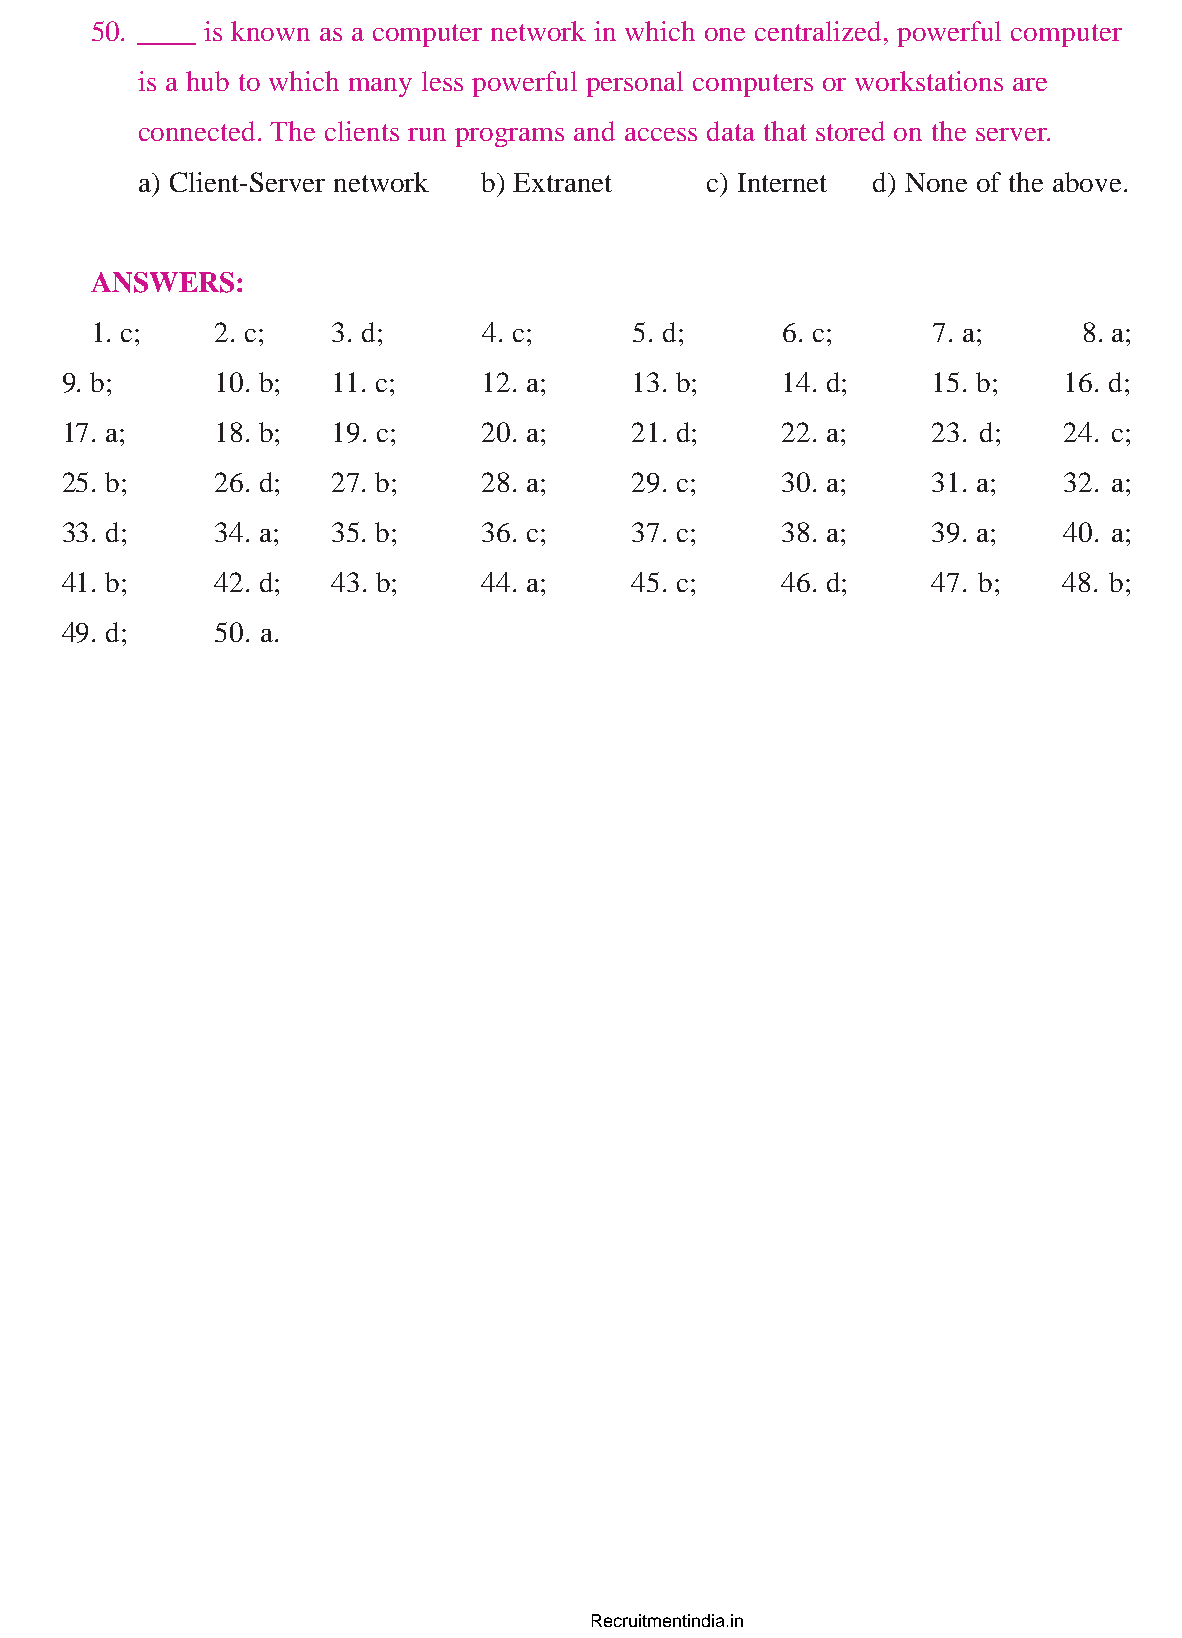
www.sakshieducation.com
 50. ____ is known as a computer network in which one centralized, powerful computer
 is a hub to which many less powerful personal computers or workstations are
 connected. The clients run programs and access data that stored on the server.
 a) Client-Server network b) Extranet  c) Internet d) None of the above.
 ANSWERS:
 1. c;   2. c;   3. d;     4. c;     5. d;     6. c;     7. a;     8. a;
 9. b;     10. b;  11. c;    12. a;    13. b;    14. d;    15. b;  16. d;
 17. a;    18. b;  19. c;    20. a;    21. d;    22. a;    23. d;  24. c;
 25. b;    26. d;  27. b;    28. a;    29. c;    30. a;    31. a;  32. a;
 33. d;    34. a;  35. b;    36. c;    37. c;    38. a;    39. a;  40. a;
 41. b;    42. d;  43. b;    44. a;    45. c;    46. d;    47. b;  48. b;
 49. d;    50. a.
 Recruitmentindia.in
 www.sakshieducation.com